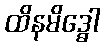
ထိနမိဒ္ဓေါ